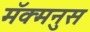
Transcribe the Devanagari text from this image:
मॅक्मनुस